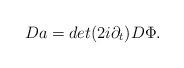
LaTeX: \begin{align*}Da = det (2 i \partial_t) D \Phi.\end{align*}